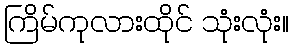
ကြိမ်ကုလားထိုင် သုံးလုံး။